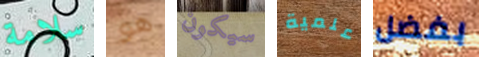
سلامة هو سيكون علمية بفضل